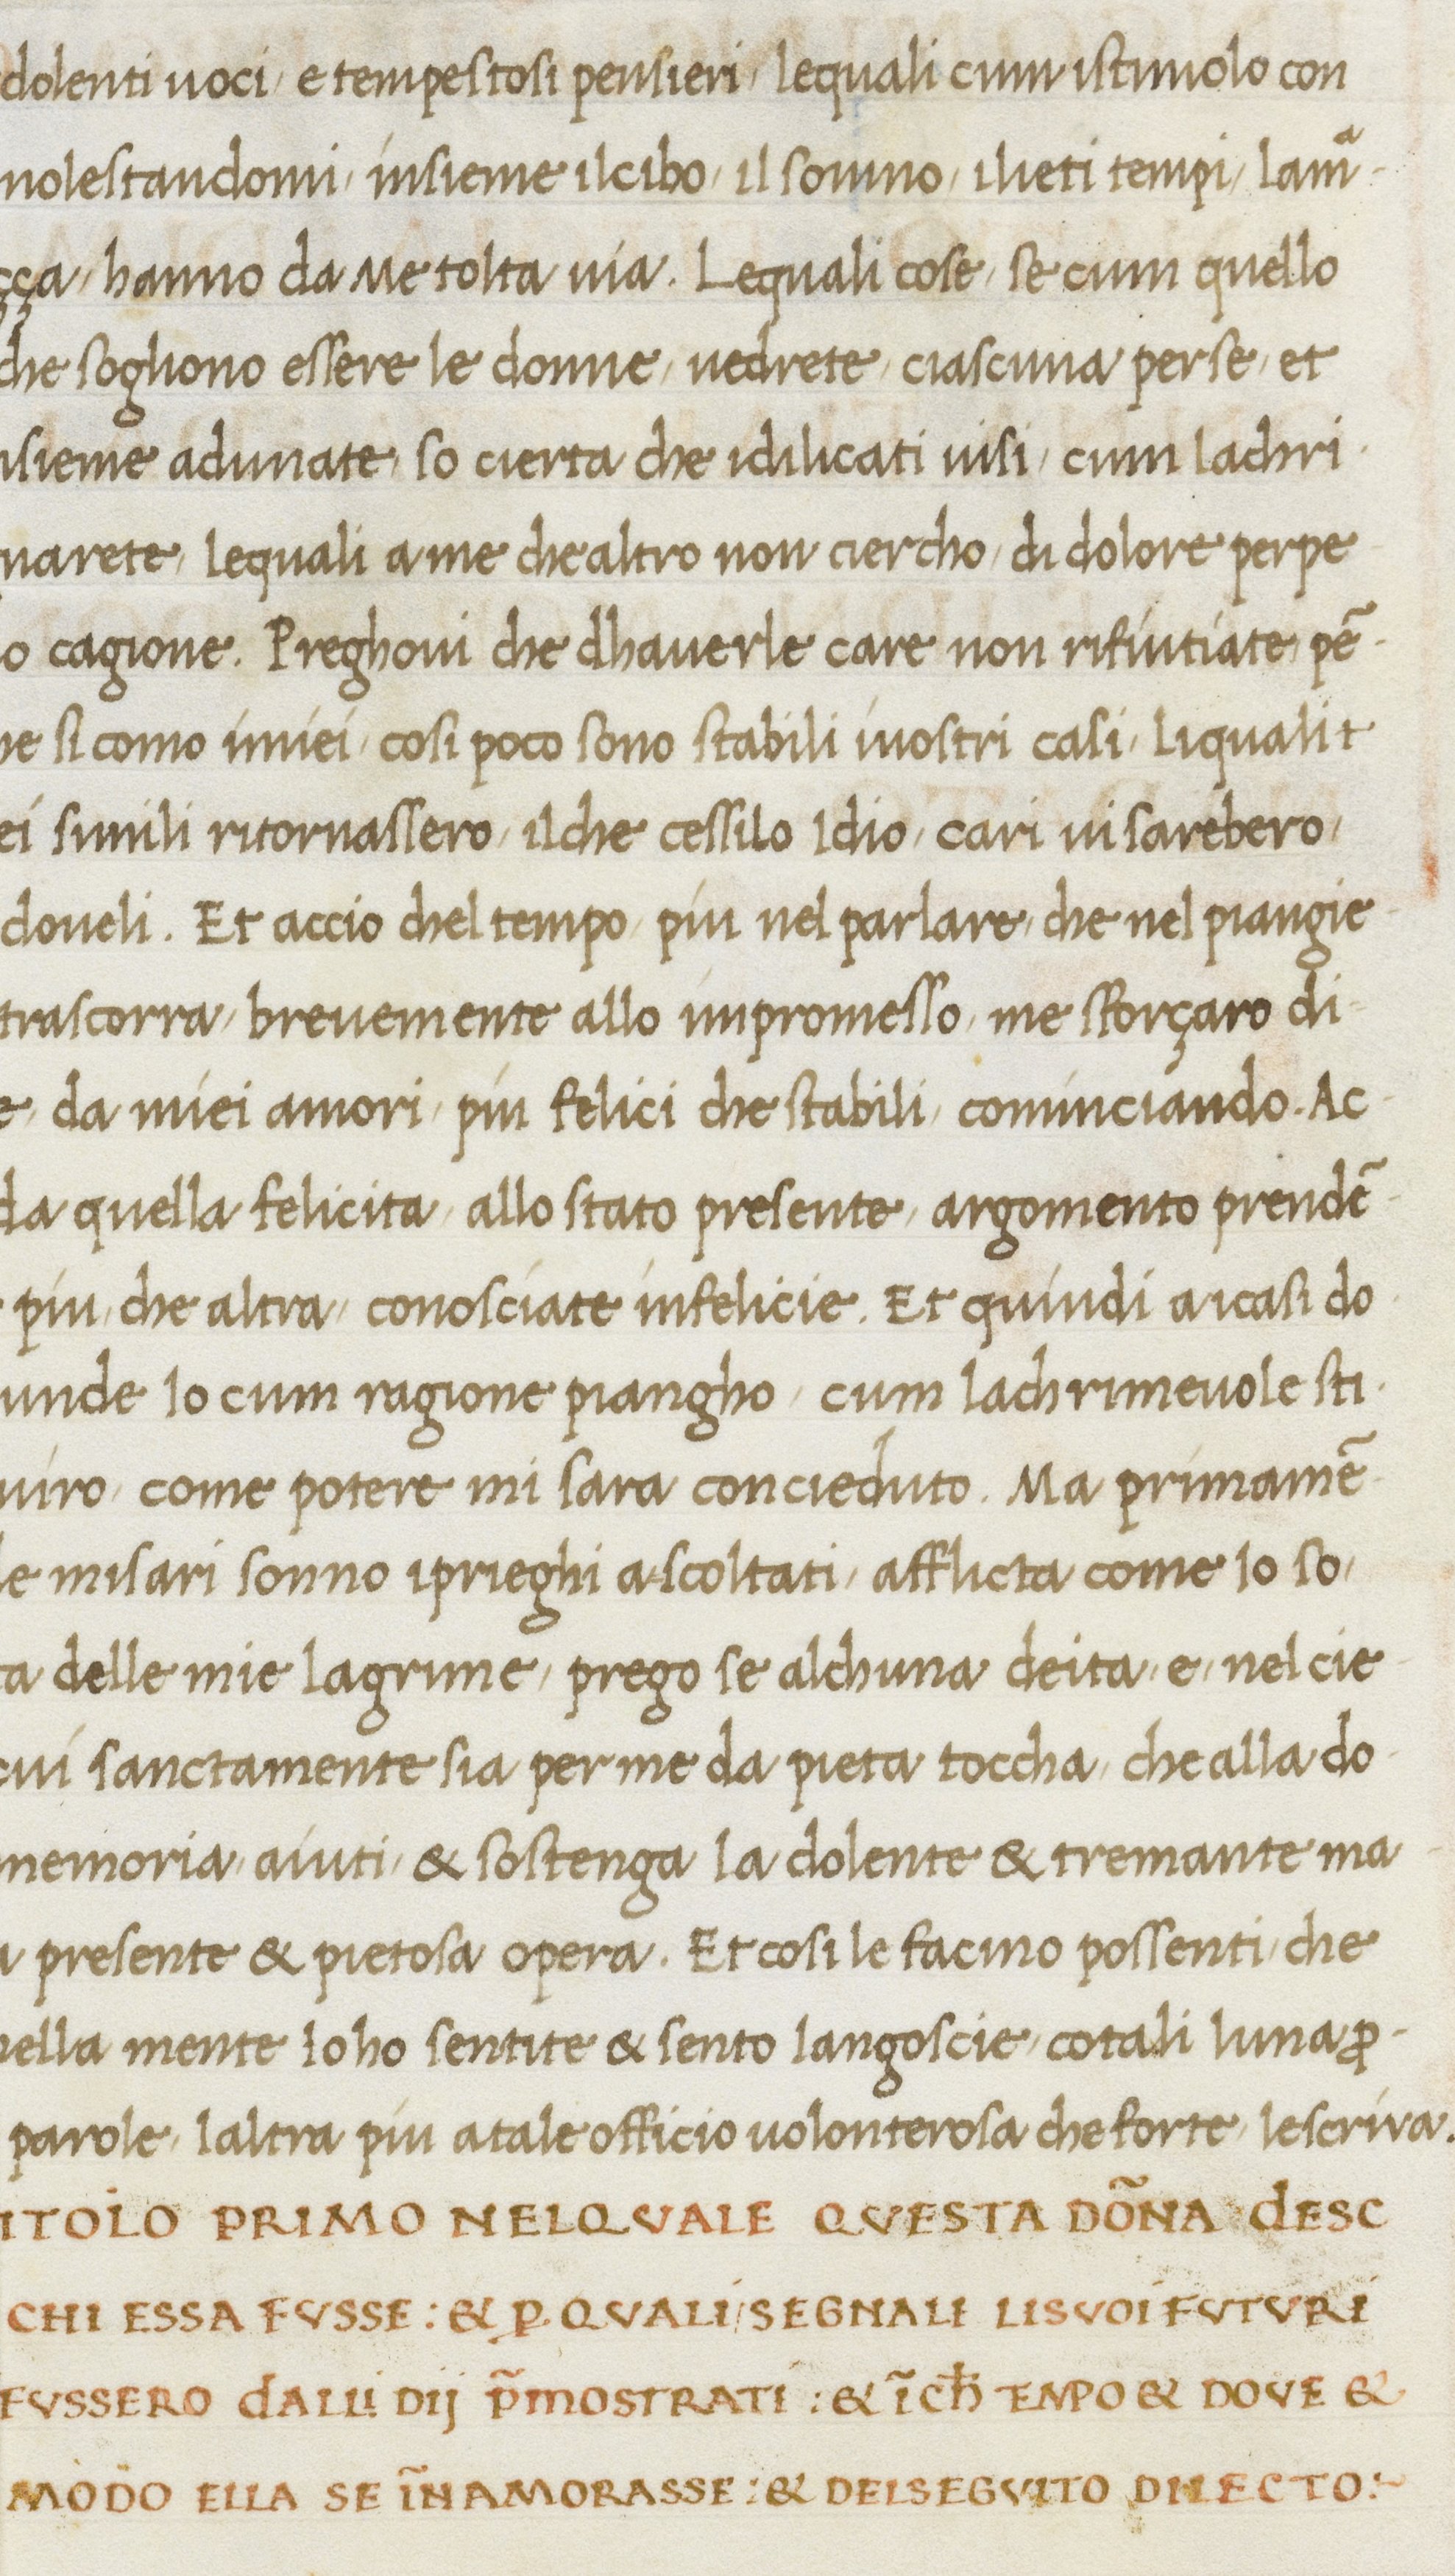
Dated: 1467–1467